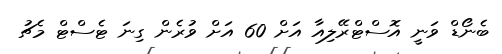
ބެނޯޑް ވަނީ އޮސްޓްރޭލިއާ އަށް 60 އަށް ވުރެން ގިނަ ޓެސްޓް މެޗު